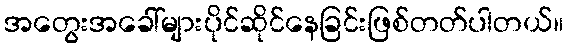
အတွေးအခေါ်များပိုင်ဆိုင်နေခြင်းဖြစ်တတ်ပါတယ်။